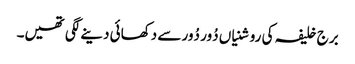
برج خلیفہ کی روشنیاں دُور دُور سے دکھائی دینے لگی تھیں۔